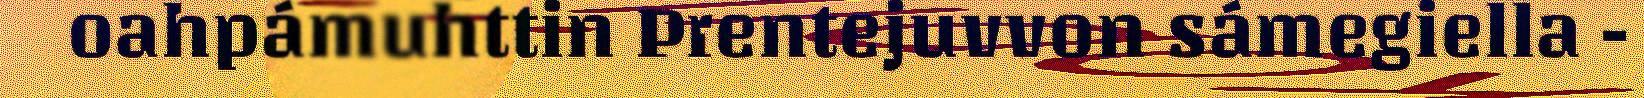
oahpámuhttin Prentejuvvon sámegiella -